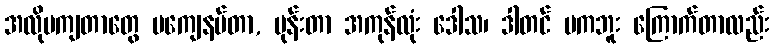
အလိုမကျတာတွေ မကျေနပ်တာ, မုန်းတာ အကုန်လုံး ဒေါသ၊ ဒါတင် မကဘူး ကြောက်တာလည်း